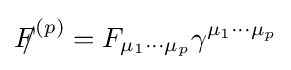
{F\!\!\!/}^{(p)}=F_{\mu _{1}\cdots \mu _{p}}\gamma ^{\mu _{1}\cdots \mu _{p}}